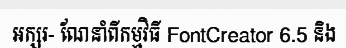
អក្សរ- ណែនាំពីកម្មវិធី FontCreator 6.5 និង